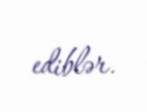
ediblər.